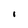
Character: I